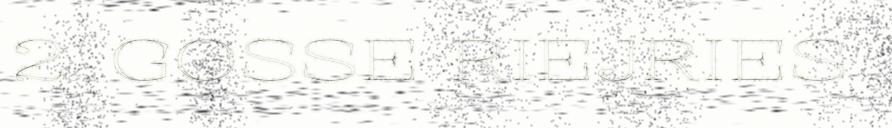
2. GOSSE RIEJRIES